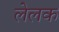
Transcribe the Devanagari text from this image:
लेलक